Civil Veterinary Department Bengal reports 1923-33 - 1923-1933
Year: 1923
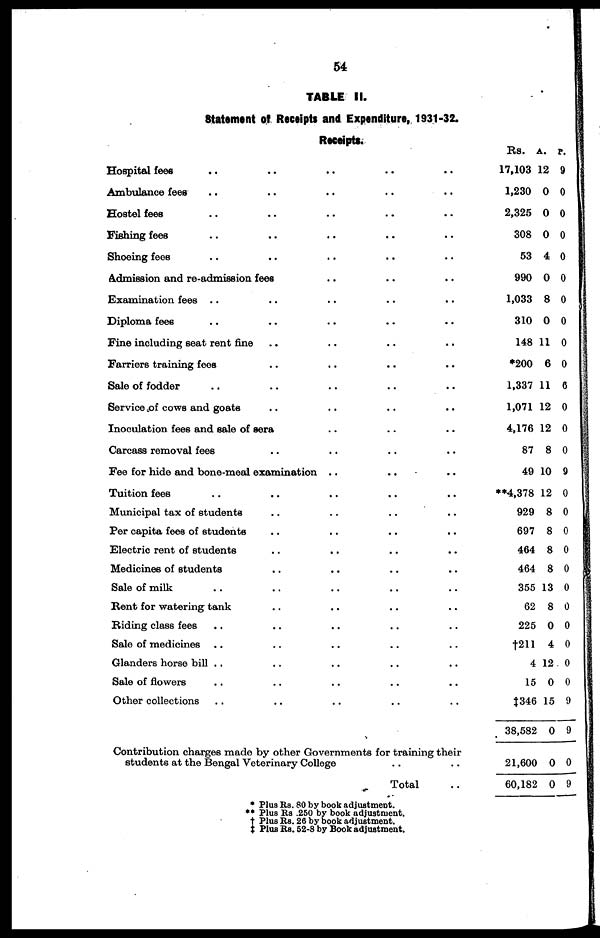
54
TABLE II.
Statement of Receipts and Expenditure, 1931-32.
Receipts.
Hospital fees .. .. .. .. ..
Ambulance fees .. .. .. ..
Hostel fees .. .. .. .. ..
Fishing fees .. .. .. .. ..
Shoeing fees .. .. .. ..
Admission and re-admission fees .. .. ..
Examination fees .. .. .. .. ..
Diploma fees .. .. .. .. ..
Fine including seat rent fine .. .. .. ..
Farriers training fees .. .. .. ..
Sale of fodder .. .. .. .. ..
Service of cows and goats .. .. .. ..
Inoculation fees and sale of sera .. .. ..
Carcass removal fees .. .. .. ..
Fee for hide and bone-meal examination .. .. ..
Tuition fees .. .. .. .. ..
Municipal tax of students .. .. .. ..
Per capita fees of students .. .. .. ..
Electric rent of students .. .. .. ..
Medicines of students .. .. .. ..
Sale of milk .. .. .. .. ..
Bent for watering tank .. .. .. ..
Riding class fees .. .. .. ..
Sale of medicines .. .. .. .. ..
Glanders horse bill .. .. .. ..
Sale of flowers .. .. .. .. ..
Other collections .. .. .. .. ..
Contribution charges made by other Governments for training their
students at the Bengal Veterinary College .. ..
Total ..
RS. a
17,103
1,230
2,325
308
53
990
1,033
310
148
*200
1,337
1,071
4,176
87
49
**4,378
929
697
464
464
355
62
225
†211
4
15
‡346
38,582
21,600
60,182
.
12
0
0
0
4
0
8
0
11
6
11
12
12
8
10
12
8
8
8
8
13
8
0
4
12
0
15
0
0
0
p.
9
0
0
0
0
0
0
0
0
0
6
0
0
0
9
0
0
0
0
0
0
0
0
0
0
0
9
9
0
9
* Plus Rs. 80 by book adjustment.
** Plus Rs .250 by book adjustment.
† Plus Rs. 26 by book adjustment.
‡ Plus Rs. 52-8 by Book adjustment.